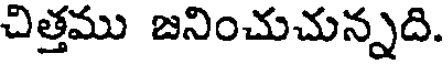
చిత్తము జనించుచున్నది.